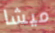
ميشا